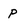
Character: p